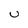
Character: u